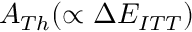
A _ { T h } ( \propto \Delta E _ { I T T } )